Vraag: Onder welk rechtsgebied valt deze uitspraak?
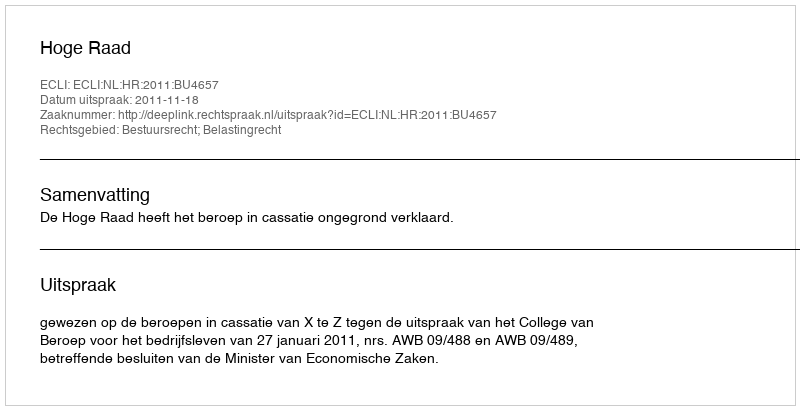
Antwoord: Bestuursrecht; Belastingrecht